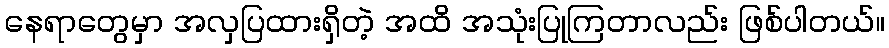
နေရာတွေမှာ အလှပြထားရှိတဲ့ အထိ အသုံးပြုကြတာလည်း ဖြစ်ပါတယ်။